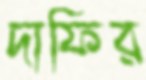
দাফির